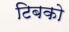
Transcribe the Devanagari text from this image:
टिबको